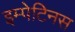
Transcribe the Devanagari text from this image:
इम्पेटिनस